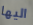
اليها